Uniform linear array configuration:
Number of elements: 4
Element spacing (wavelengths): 0.75
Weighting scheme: binomial
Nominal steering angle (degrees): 60
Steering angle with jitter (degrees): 59.782
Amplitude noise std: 0.05
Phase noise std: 0.05

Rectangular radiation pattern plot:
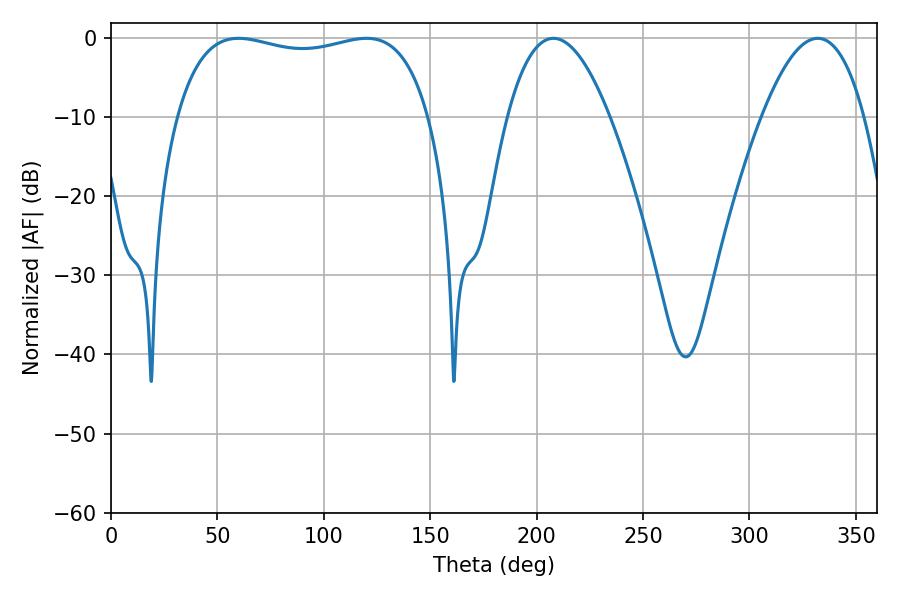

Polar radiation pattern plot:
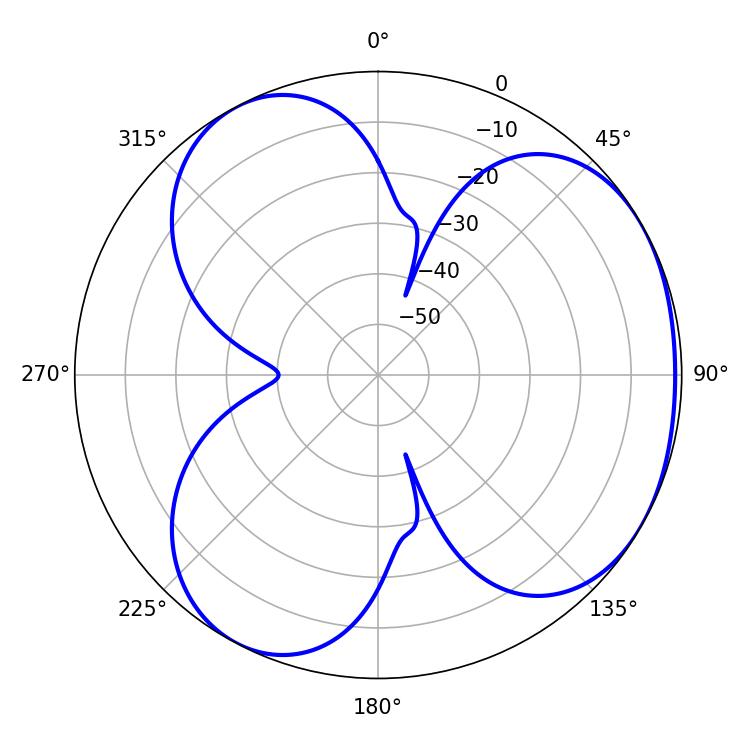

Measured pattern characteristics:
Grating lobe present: TRUE
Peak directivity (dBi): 3.659
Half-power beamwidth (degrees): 26.46
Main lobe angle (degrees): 207.9